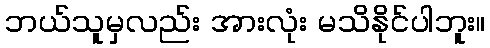
ဘယ်သူမှလည်း အားလုံး မသိနိုင်ပါဘူး။